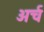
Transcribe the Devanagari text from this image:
अर्च